Report of the King Institute of Preventive Medicine, Guindy
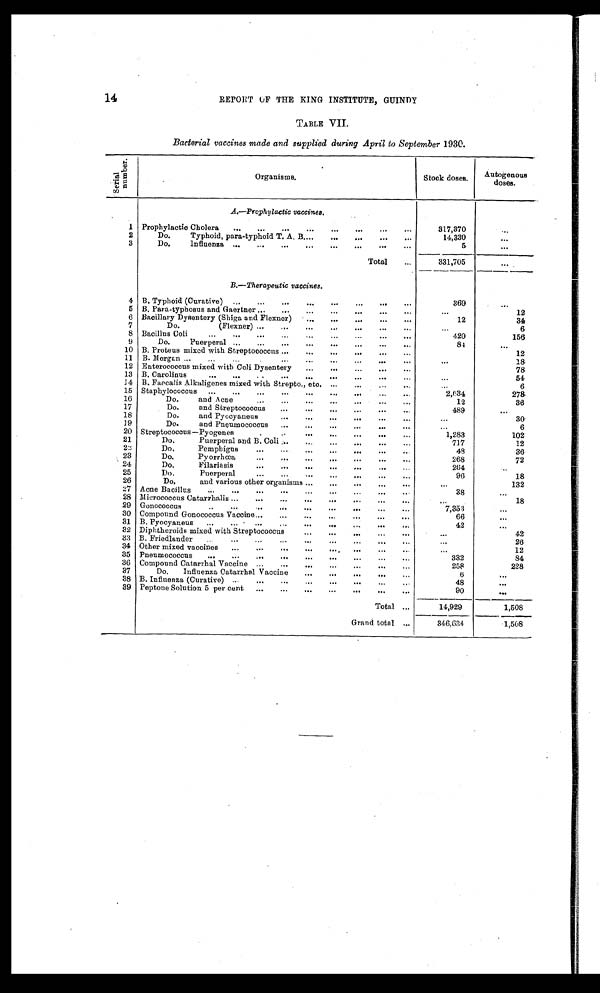
14
REPORT CF THE KING INSTITUTE, GUINDY
TABLE VII.
Bacterial vaccines made and supplied during April to September 1930.
S e r i a l n u mb e r
Organisms.
Stock doses.
Autogenous
doses.
A.—Prophylactic vaccines.
1 Prophylactic Cholera
317,370
2
Do. Typhoid, para-typhoid T. A. B
14,330
3
Do. Influenza
5
Total
331,705
B.—Therapeutic vaccines.
4 B. Typhoid (Curative)
369
5 B. Para-typhosus and Gaertner
12
6 Bacillary Dysentery (Shiga and Flexner)
12
34
7
Do. (Flexner)
6
8 Bacillus Coli
4.20
156
9
Do. Puerperal
84
10 B. Proteus mixed with Streptococcns
12
11 B. Morgan
18
12 Enterococcus mixed with Coli Dysentery
78
13 B. Carolinus
54
14 B. Faecalis Alkaligenes mixed with Strepto., etc.
6
15 Staphylococcus
2,634
278
16
Do. and Acne
12
36
17
Do. and Streptococcus
489
18
Do. and Pyocyaneus
30
19
Do. and Pneumococcus
6
20 Streptococcus —Pyogenes
1,283
102
21
Do. Puerperal and B. Coli
717
12
22
Do. Pemphigus
48
36
23
Do. Pyorrhoea
268
72
24
Do. Filariasis
264
25
Do. Puerperal
96
18
26
Do. and various other organisms
132
27 Acne Bacillus
38
28 Micrococcus Catarrhalis
18
29 Gonococcus
7,353
30 Compound Gonococcus Vaccine
66
31 B. Pyocyaneus
42
32 Diphtheroids mixed with Streptococcus
42
33 B. Friedlander
26
34 Other mixed vaccines
12
35 Pneumococcus
332
84
36 Compound Catarrhal Vaccine
258
228
37
Do. Influenza Catarrhal Vaccine
6
38 B. Influenza (Curative)
48
39 Peptone Solution 5 per cent
90
Total
14,929
1,508
Grand total
346,634
1,508